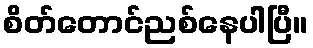
စိတ်တောင်ညစ်နေပါပြီ။